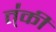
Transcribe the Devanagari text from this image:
त्॑की